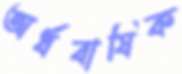
অর্ধবাষিক